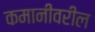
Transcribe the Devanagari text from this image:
कमानीवरील